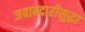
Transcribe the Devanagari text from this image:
जबाबदारीसुद्धा